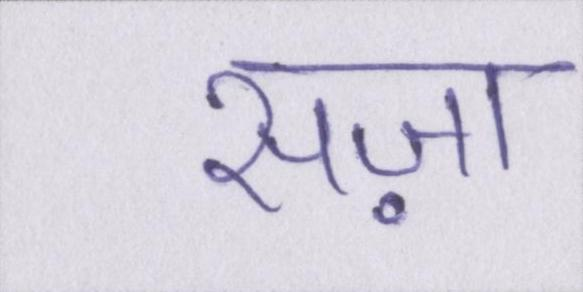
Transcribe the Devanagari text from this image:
सज़ा